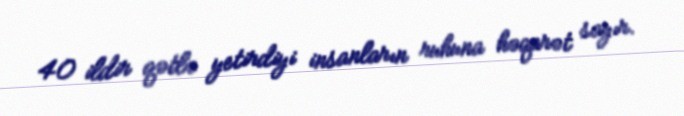
40 ildir qətlə yetirdiyi insanların ruhuna həqarət sayır.